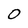
Character: 0